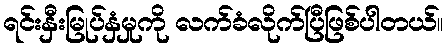
ရင်းနှီးမြုပ်နှံမှုကို လက်ခံလိုက်ပြီဖြစ်ပါတယ်။